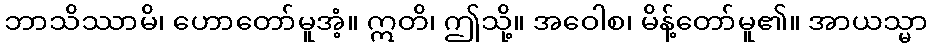
ဘာသိဿာမိ၊ ဟောတော်မူအံ့။ ဣတိ၊ ဤသို့။ အဝေါစ၊ မိန့်တော်မူ၏။ အာယသ္မာ